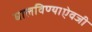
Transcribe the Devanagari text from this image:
घालविण्याऐवजी